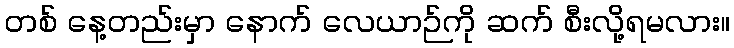
တစ် နေ့တည်းမှာ နောက် လေယာဉ်ကို ဆက် စီးလို့ရမလား။